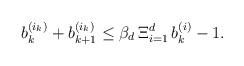
LaTeX: \begin{align*}b_k^{(i_k)} + b_{k + 1}^{(i_k)} \leq \beta_d\operatorname\Xi_{i = 1}^d b_k^{(i)} - 1.\end{align*}